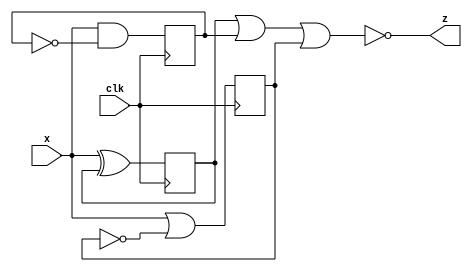
module top_module (
    input  wire clk,
    input  wire x,
    output wire z
);
    wire d_1, d_2, d_3;
    reg  q_1, q_2, q_3;

    assign d_1 = x ^^  q_1;
    assign d_2 = x && ~q_2;
    assign d_3 = x || ~q_3;
    assign   z = ~(q_1 || q_2 || q_3);

    // initial  q_1q_2  q_3  0 always  clk 
    initial begin
        q_1 = 0;
        q_2 = 0;
        q_3 = 0;
    end

    always @(posedge clk) begin
        q_1 <= d_1;
        q_2 <= d_2;
        q_3 <= d_3;
    end
endmodule